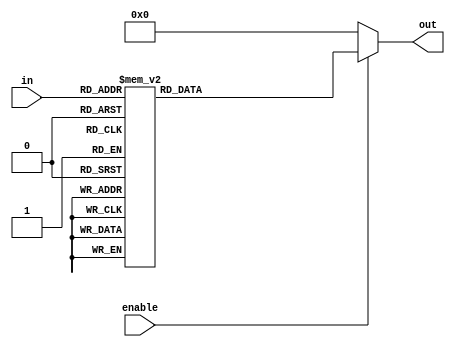
module DEC4 (input [3:0] in, input enable, output reg [15:0] out);
always @(in or enable)
    if(!enable)
	    out = 16'b0000000000000000;
	else begin
	   case (in)
	       4'b0000 : out = 16'b0000000000000001;
	       4'b0001 : out = 16'b0000000000000010;
	       4'b0010 : out = 16'b0000000000000100;
	       4'b0011 : out = 16'b0000000000001000;
	       4'b0100 : out = 16'b0000000000010000;
	       4'b0101 : out = 16'b0000000000100000;
	       4'b0110 : out = 16'b0000000001000000;
	       4'b0111 : out = 16'b0000000010000000;
	       4'b1000 : out = 16'b0000000100000000;
	       4'b1001 : out = 16'b0000001000000000;
	       4'b1010 : out = 16'b0000010000000000;
	       4'b1011 : out = 16'b0000100000000000;
	       4'b1100 : out = 16'b0001000000000000;
	       4'b1101 : out = 16'b0010000000000000;
	       4'b1110 : out = 16'b0100000000000000;
	       4'b1111 : out = 16'b1000000000000000;
	    endcase
	end
endmodule